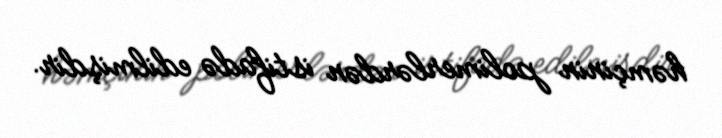
həmçinin polimerlərdən istifadə edilmişdir.